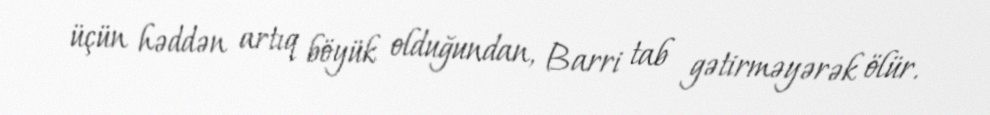
üçün həddən artıq böyük olduğundan, Barri tab gətirməyərək ölür.